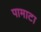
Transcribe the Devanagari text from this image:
पामाटा